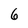
Character: 6